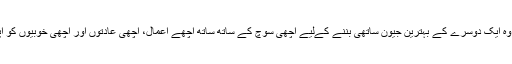
اس لیے میاں بیوی پر لازم ہے کہ وہ ایک دوسرے کے بہترین جیون ساتھی بننے کےلیے اچھی سوچ کے ساتھ ساتھ اچھے اعمال، اچھی عادتوں اور اچھی خوبیوں کو اپنی ذات اور زندگی کا حصہ بنائیں۔